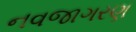
નવજાગરણ